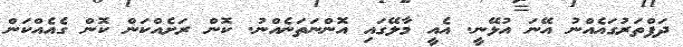
ދަފްތަރުގައެއްނު އޭނަ އުޅޭނީ. އެއީ މާލޭގައި އޮންނަތަނެއްނު. ކޮން ރަށެއްކަން ކޮން ގެއެއްކަން